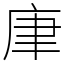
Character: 㡽